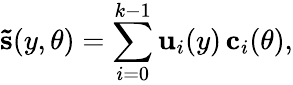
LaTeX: \mathbf{\tilde{s}}(y,\theta)=\sum_{i=0}^{k-1}\mathbf{u}_{i}(y)\, \mathbf{c}_{i}(\theta),